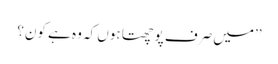
’’میں صرف پوچھتا ہوں کہ وہ ہے کون؟